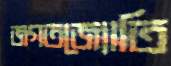
জগতজ্যোতি